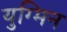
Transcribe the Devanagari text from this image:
युग्मिन